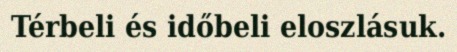
Térbeli és időbeli eloszlásuk.